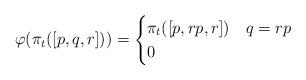
LaTeX: \begin{align*}\varphi(\pi_t([p,q,r])) = \begin{cases}\pi_t([p,rp,r]) &q = rp\\ 0&\end{cases}\end{align*}